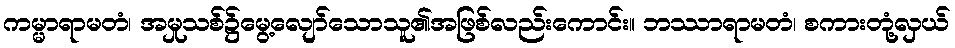
ကမ္မာရာမတံ၊ အမှုသစ်၌မွေ့လျော်သောသူ၏အဖြစ်လည်းကောင်း။ ဘဿာရာမတံ၊ စကားတုံ့လှယ်